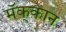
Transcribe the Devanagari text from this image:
मॅक्‌कान